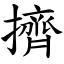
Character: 擠